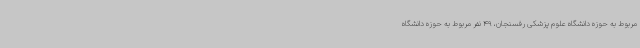
مربوط به حوزه دانشگاه علوم پزشکی رفسنجان، 49 نفر مربوط به حوزه دانشگاه